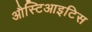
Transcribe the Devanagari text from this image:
औस्टिआइटिस